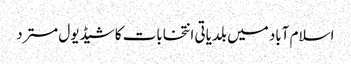
اسلام آباد میں بلدیاتی انتخابات کا شیڈیول مسترد